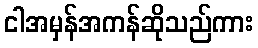
ငါအမှန်အကန်ဆိုသည်ကား